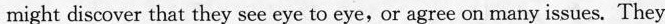
might discover taht they see eye to eye, or agree on many issues. They